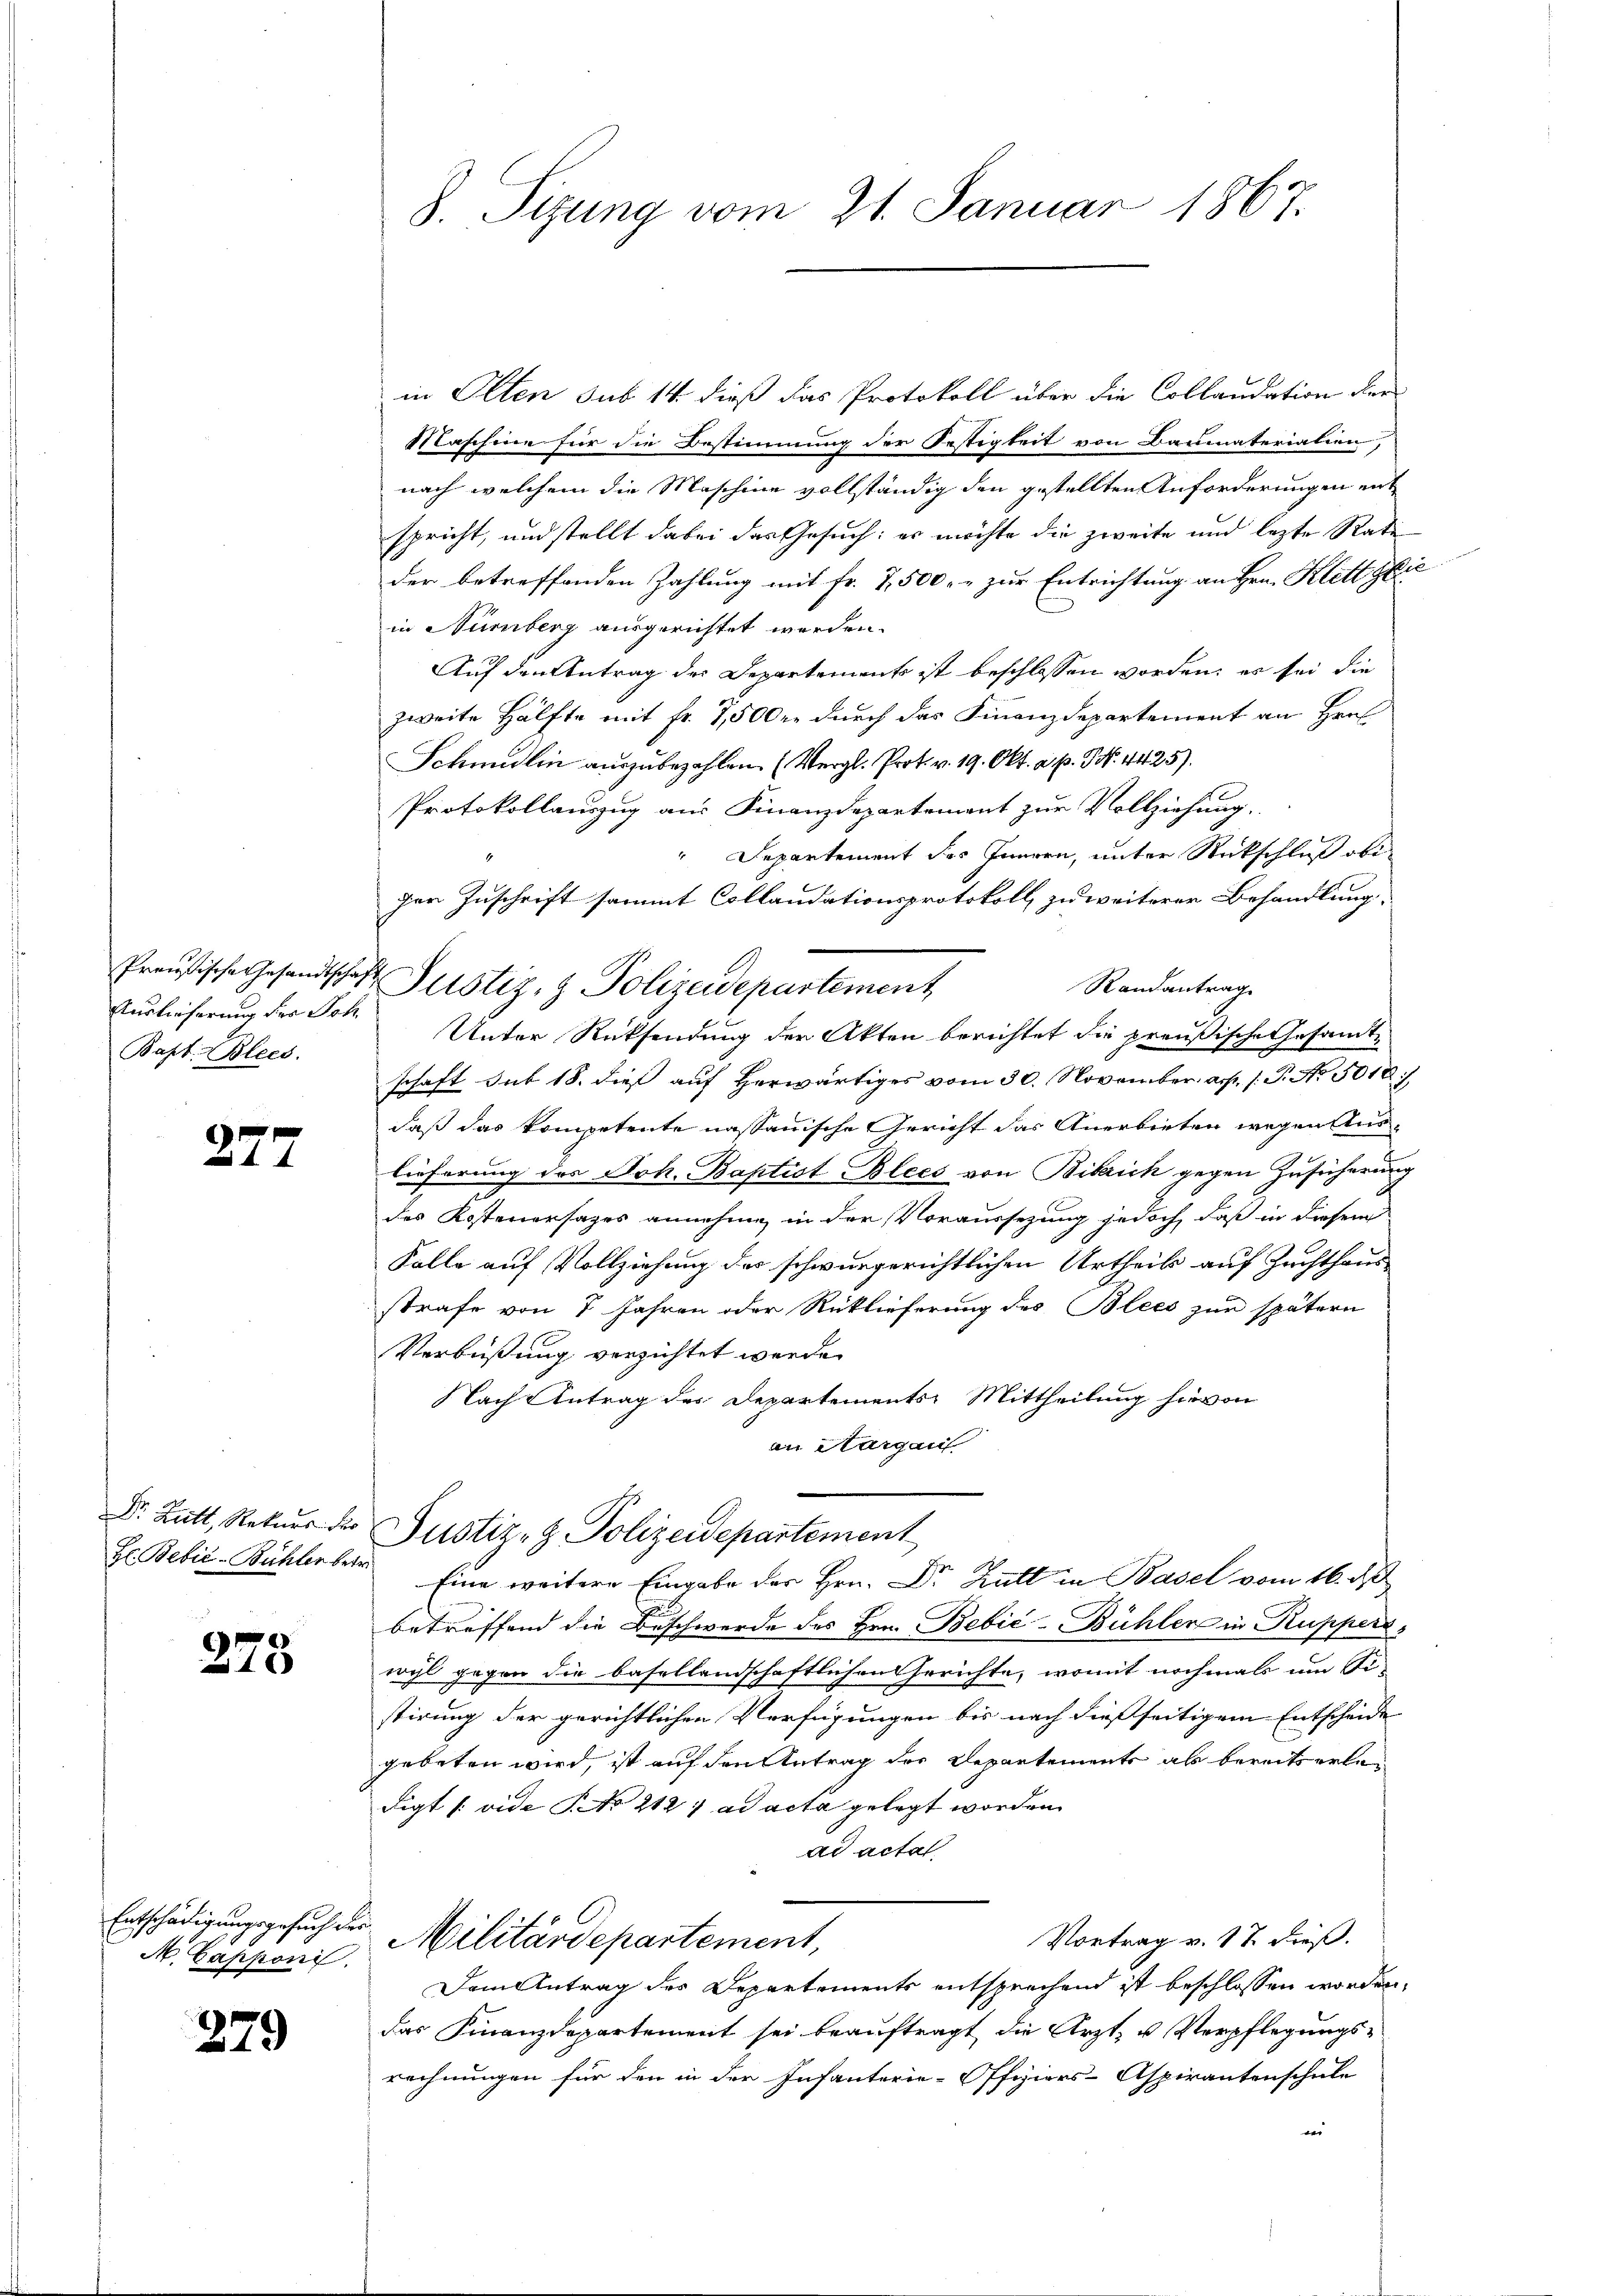
Auslieferung fra Joh.
Bapt. Blecs.

277

r
6
1x

N Gapponi

279

8. Sitzung vom 21. Januar 1867.

in Olten sub 14. dieß das Protokoll über die Collaudation der
Maschine für die Bestimmung der Oestigkeit von Baumaterialien,
nach welchem die Maschine vollständig den gestellten Anforderungen entspricht, und stellt dabei das Gesuch: es möchte die zweite und lezte Rati
der betreffenden Zahlung mit Fr. 1,500 zur Entrichtung an Hrn. Klettglie
in Nümberg ausgerichtet werden.
Auf den Antrag der Departements ist beschlossen worden; es sei die
zweite Hälfte mit fr. 7,500 durch das Finanzdepartement an Hrn.
Schmidlin aŭszŭbezahlen. (Vergl. Prot. v. 19. Okt. a. p. N. 4425).
Protokollauszug aus Finanzdepartement zur Vollziehung.
" Departement des Innern, unter Rückschluß obiger Zuschrift sammt Collaudationsprotokoll zu weiterer Behandlung
Randantrag.
Unter Rücksendung der Akten berichtet die preußische Gesamte
schaft hat 18. dieß auf herwärtiges vom 30. November art. 1. P. Nr. 5018,
daß das kompetente nassauische Gericht das Anerbieten wegen Aus-
lieferung des Joh. Baptist Blees von Bikrich gegen Zusicherung
des Kostenersages annehme in der Voraussezung jedoch, daß in diesem
Falle auf Vollziehung der schwurgerichtlichen Urtheils auf Zuchthaus
strafe von 7 Jahren oder Rücklieferung des Blees zur spätern
Verbüßung verzichtet werde.
Nach Antrag des Departements Mittheilung hievon
an Aargau
Dr. Hatt, Rekurs der Justiz- & Polizeidepartement
Hr. Bebić-Bühlerber Eine weitere Eingabe der Hrn. Dr Kutt in Basel vom 16. d
betreffend die Beschwerde des Hrn. Bebić-Bühler in Ruppers
wyl gegen die basellandschaftlichen Gerichte, womit nochmals um Si-
stirung der gerichtlichen Verfügungen bis nach dießseitigem Entscheide
gebeten wird, ist auf den Antrag der Departements als bereits erlan
digt (vide P. No 2127 ad acta gelegt worden
ad acta
Entschädigungsgesuch der Militärdepartement,
Vortrag v. 17. dieß.
Dem Antrag des Departements entsprechend ist beschlossen worden,
das Finanzdepartement sei beauftragt die Arzt- u Verpflegungsrechnungen für den in der Infanterie-Offiziers-Aspirantenschule
ver

Preußische Gesandtschaft Justiz- & Polizeidepartement